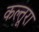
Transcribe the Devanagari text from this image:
कल्तूरा